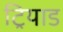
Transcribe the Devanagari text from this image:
ट्रियाड